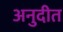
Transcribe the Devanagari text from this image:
अनुदीत